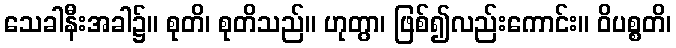
သေခါနီးအခါ၌။ စုတိ၊ စုတိသည်။ ဟုတွာ၊ ဖြစ်၍လည်းကောင်း။ ဝိပစ္စတိ၊